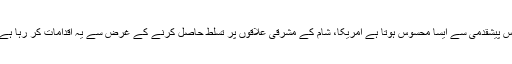
اس پیشقدمی سے ایسا محسوس ہوتا ہے امریکا، شام کے مشرقی علاقوں پر تسلط حاصل کرنے کے غرض سے یہ اقدامات کر رہا ہے۔